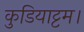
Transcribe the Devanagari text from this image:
कुडियाट्टम।